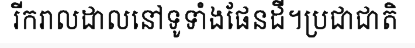
រីករាលដាលនៅទូទាំងផែនដី។ប្រជាជាតិ